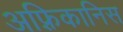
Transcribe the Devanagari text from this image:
अफ़्रिकानिस